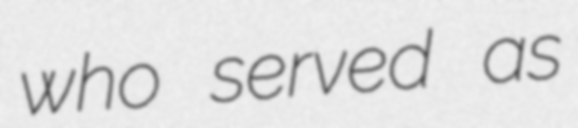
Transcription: who served as